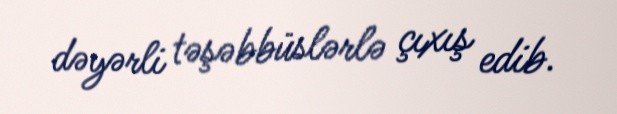
dəyərli təşəbbüslərlə çıxış edib.